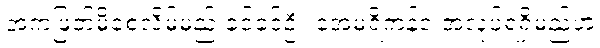
အကဲဖြတ်မိစေလိမ့်မည် ခင်ခင်ဦး အေမရိကန်င အလုပ်ရရှိမည်ဟု